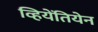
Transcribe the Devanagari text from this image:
व्हियेंतियेन